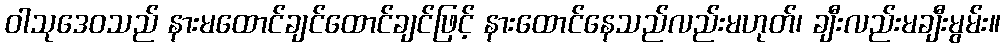
ဝါသုဒေဝသည် နားမထောင်ချင်ထောင်ချင်ဖြင့် နားထောင်နေသည်လည်းမဟုတ်၊ ချီးလည်းမချီးမွမ်း။